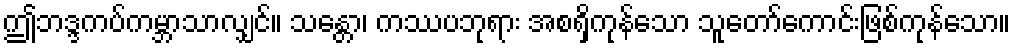
ဤဘဒ္ဒကပ်ကမ္ဘာသာလျှင်။ သန္တော၊ ကဿပဘုရား အစရှိကုန်သော သူတော်ကောင်းဖြစ်ကုန်သော။